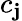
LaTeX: c_{\mathbf{j}}